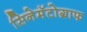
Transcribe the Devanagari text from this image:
सिनेमॅटोग्राफ